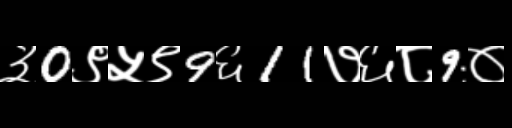
Text: ३0९५९9६11७६८9०